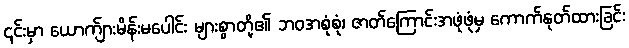
၎င်းမှာ ယောက်ျားမိန်းမပေါင်း များစွာတို့၏ ဘဝအစုံစုံ၊ ဇာတ်ကြောင်းအဖုံဖုံမှ ကောက်နုတ်ထားခြင်း